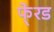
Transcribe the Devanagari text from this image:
फे्रड